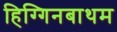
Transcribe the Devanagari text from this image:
हिग्गिनबाथम